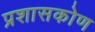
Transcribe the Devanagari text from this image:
प्रशासकोण